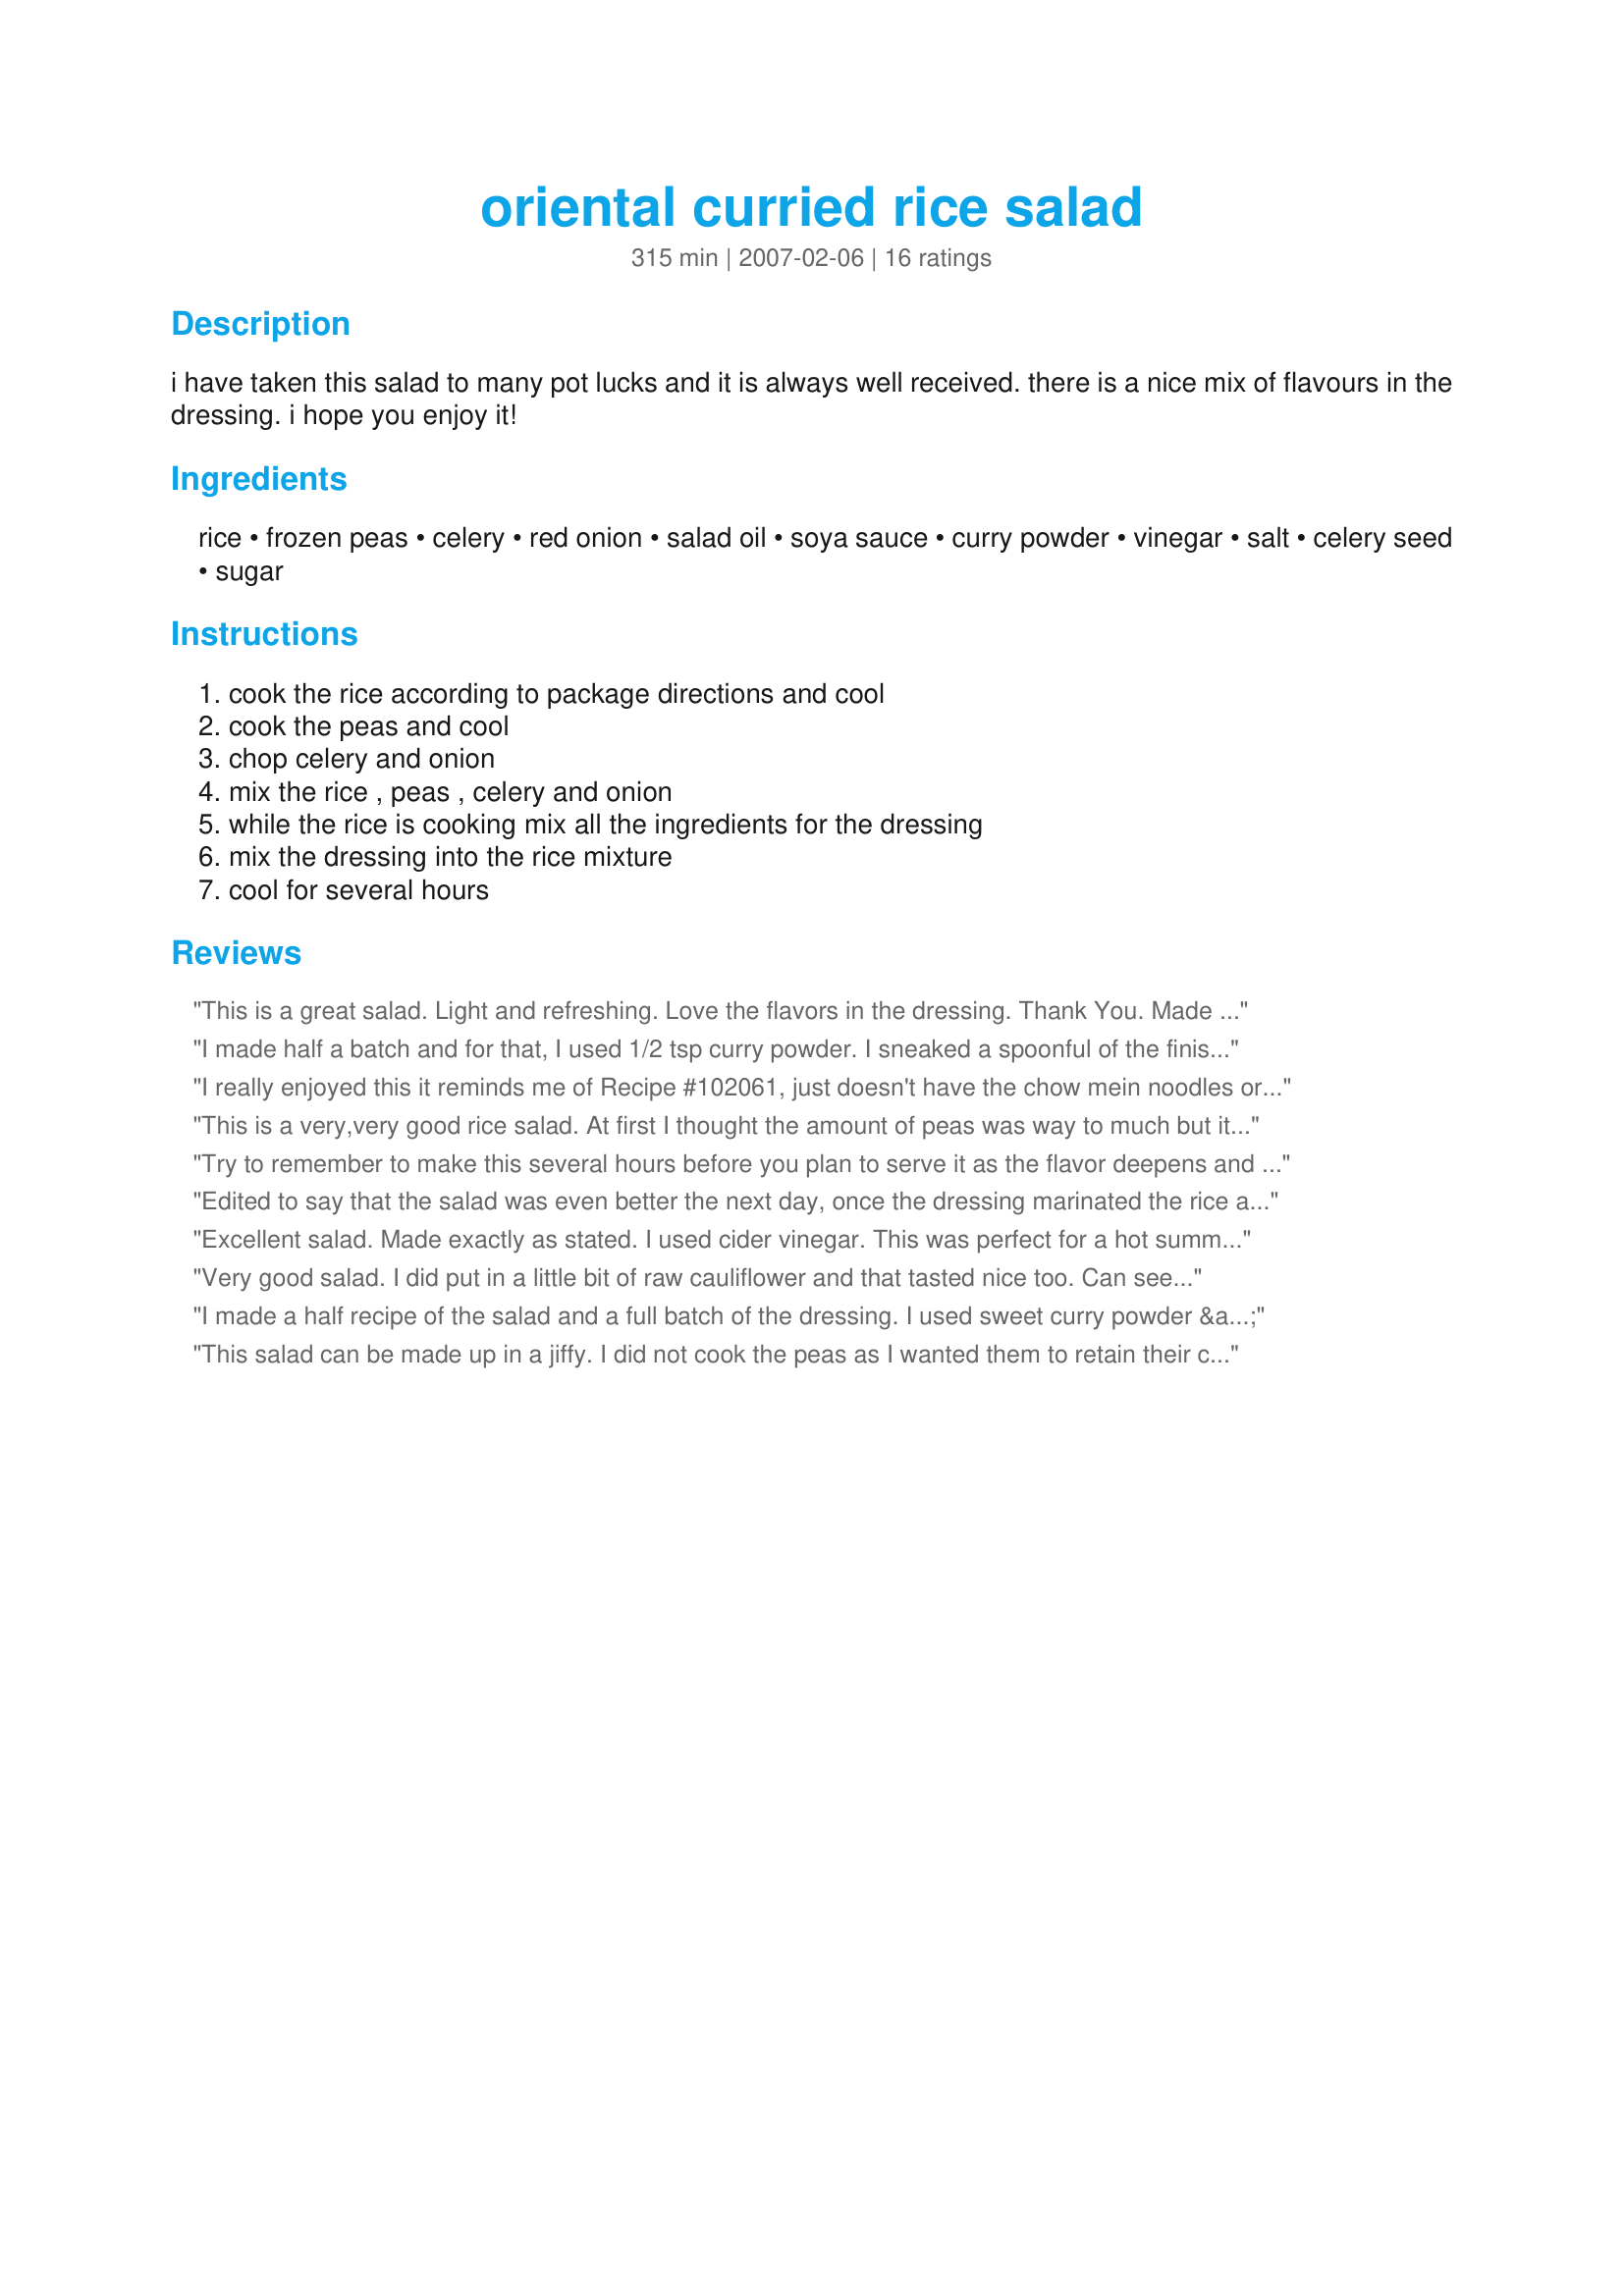
oriental curried rice salad
Preparation time: 315 minutes

i have taken this salad to many pot lucks and it is always well received. there is a nice mix of flavours in the dressing. i hope you enjoy it!

Ingredients:
rice, frozen peas, celery, red onion, salad oil, soya sauce, curry powder, vinegar, salt, celery seed, sugar

Steps:
cook the rice according to package directions and cool, cook the peas and cool, chop celery and onion, mix the rice , peas , celery and onion, while the rice is cooking mix all the ingredients for the dressing, mix the dressing into the rice mixture, cool for several hours

Reviews:
This is a great salad. Light and refreshing. Love the flavors in the dressing. Thank You. Made for ZWT6 - Zingo. No-Nonsense Nibblers
I made half a batch and for that, I used 1/2 tsp curry powder. I sneaked a spoonful of the finished salad before putting it in the fridge to marinate. "WOW!!!" I took it out of the fridge a little before serving, because I had the feeling I wouldn't like it cold. And, for me, it had gone from "wow!" to "okay". I thought maybe the rice had done an absorbing/disappearing act on the dressing (which had been incredible). My husband experimented with heating it back up, and I thought it was "good" again, but not "wow". I would serve this again, but take it straight to the table after preparation (and I did cool the peas and rice down some in the fridge while I prepared the other ingredients). I think it made an awesome warm dish. Reveiwed for ZWT4.
I really enjoyed this it reminds me of Recipe #102061, just doesn't have the chow mein noodles or the shrimp.
I did cut down the curry powder cause I didn't want to over powder the flavor.
Thanks for sharing the recipe!
This is a very,very good rice salad. At first I thought the amount of peas was way to much but it is just right for this salad. The dressing has a really nice flavor and is just the right amount for the salad. I used vegetable for this. will be making this again.
Try to remember to make this several hours before you plan to serve it as the flavor deepens and improves the longer it sits. This was very good. Made for ZWT #6 - ZINGO.
Edited to say that the salad was even better the next day, once the dressing marinated the rice and veggies! *** Wonderful salad - loved loved loved the dressing! Made as is, except I used basmati rice, yellow bell pepper instead of celery and canned peas. This makes quite a filling lunch! Thanks Laffer!
Excellent salad. Made exactly as stated. I used cider vinegar. This was perfect for a hot summer dinner meal. Thanks. Made for ZWT6. Voracious Vagabonds.
Very good salad. I did put in a little bit of raw cauliflower and that tasted nice too. Can see that this could be a quite versatile in your veggie choices. I also used the maximum amount of curry and it was not too spicy for us. Served with recipe#428416. Thank you Gayla for sharing. Made for Unrulies Under the Influence for Zingo during ZWT6.
I made a half recipe of the salad and a full batch of the dressing. I used sweet curry powder & added extra splenda. After reading the reviews I served this warm temp and was wowed by the flavors. The salad was delightful, sweet, crunchy, tangy, and made a great side dish. The next day I added poached chicken, sliced almonds, and mounded the salad on a bed of spinach drizzling it all with the extra dressing for a main dish salad. I am already looking forward to making this again. Thank you for sharing the recipe! Made for ZWT6~ Asia.
This salad can be made up in a jiffy. I did not cook the peas as I wanted them to retain their color, used 2 teaspoons of curry, no salt and I used rice vinegar. I used hot curry powder but will use regular next time. Made for the *Zingo* round of *ZWT 6* I am cooking with team *Ya Ya Cookerhood*
DH loved this and thought it deserved more than 5 stars. Made for ZWT6.
Loved this salad! To reduce the fat I used a scant quarter cup of oil and kept all the other dressing ingredients about the same and it came out great. Thanks for posting.
Tried this one yesterday. Very happy I did as it was a bigger hit than i thought it would be. My son also liked it warm like another reviewer, and my husband said he would like to try it warm as well, though he loved it cold. Thanks for that, I will be making it again.
was looking for something different as a side and LOVED this! Made some substitutions though. A few people didn't like celery, so I added chopped red peppers and didn't have celery seed, so just subbed seasoned salt for that and used cider vinegar. Yum! Thanks for sharing.
I swapped the vegies to what I had on hand but made the dressing as per the recipe. I used onion, red pepper and mushrooms as I had no peas. The salad dressing is terrific and the versatility of the recipe makes it a total winner for me. Made and so enjoyed for Zingo ZWT 6.
This worked well for me as a warm side dish. I substituted splenda for the sugar.
